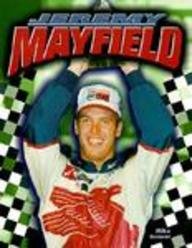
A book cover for Jeremy Mayfield; Mike Bonner; Teen & Young Adult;